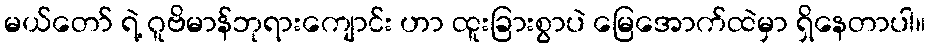
မယ်တော် ရဲ့ ဂူဗိမာန်ဘုရားကျောင်း ဟာ ထူးခြားစွာပဲ မြေအောက်ထဲမှာ ရှိနေတာပါ။